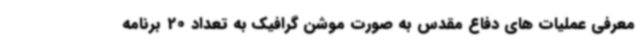
معرفی عملیات های دفاع مقدس به صورت موشن گرافیک به تعداد 20 برنامه